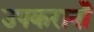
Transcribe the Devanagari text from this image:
उपकरानोँ